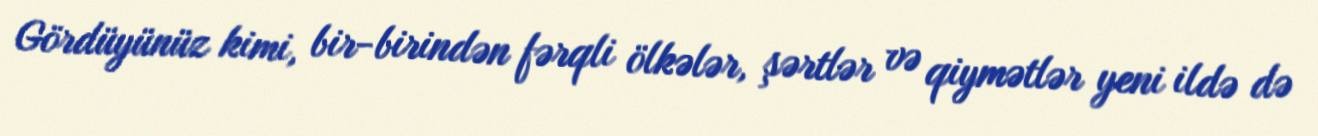
Gördüyünüz kimi, bir-birindən fərqli ölkələr, şərtlər və qiymətlər yeni ildə də